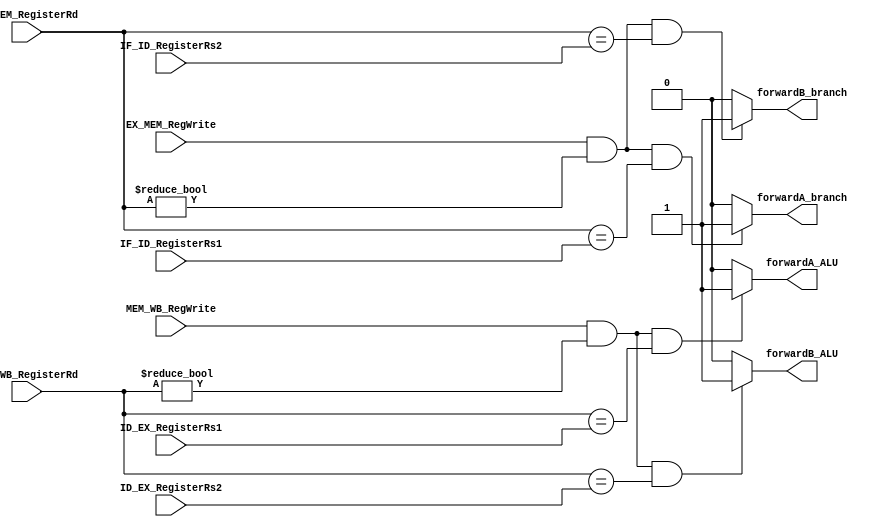
`timescale 1ns / 1ps
//////////////////////////////////////////////////////////////////////////////////
// Company: 
// Engineer: 
// 
// Design Name: 
// Module Name: Forwarding_Unit
// Project Name: 
// Target Devices: 
// Tool Versions: 
// Description: 
// 
// Dependencies: 
// 
// Revision:
// Revision 0.01 - File Created
// Additional Comments:
// 
//////////////////////////////////////////////////////////////////////////////////


module Forwarding_Unit(
input [4:0] ID_EX_RegisterRs1,
input [4:0] ID_EX_RegisterRs2,
input [4:0] IF_ID_RegisterRs1,
input [4:0] IF_ID_RegisterRs2,
input  MEM_WB_RegWrite,
input  EX_MEM_RegWrite,
input [4:0] MEM_WB_RegisterRd,
input [4:0] EX_MEM_RegisterRd,
output reg forwardA_ALU,
output reg  forwardB_ALU,
output reg forwardA_branch,
output reg  forwardB_branch
    );
    always@(*) 
        // Forwarding to ALU
        begin
           if ((MEM_WB_RegWrite && (MEM_WB_RegisterRd != 0))
               &&(MEM_WB_RegisterRd == ID_EX_RegisterRs1))
                    forwardA_ALU = 1'b1; 
           else forwardA_ALU = 1'b0;
       
           if ( MEM_WB_RegWrite && (MEM_WB_RegisterRd != 0)
                &&(MEM_WB_RegisterRd == ID_EX_RegisterRs2))
                     forwardB_ALU = 1'b1;               
           else forwardB_ALU = 1'b0;
        
        // Forwarding for branching
           if ((EX_MEM_RegWrite && (EX_MEM_RegisterRd != 0))
               &&(EX_MEM_RegisterRd == IF_ID_RegisterRs1))
                    forwardA_branch = 1'b1; 
           else forwardA_branch = 1'b0;
              if ( EX_MEM_RegWrite && (EX_MEM_RegisterRd != 0)
                &&(EX_MEM_RegisterRd == IF_ID_RegisterRs2))
                     forwardB_branch = 1'b1;               
           else forwardB_branch = 1'b0;
       end
endmodule